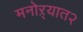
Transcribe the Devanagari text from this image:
मनोऱ्यात२